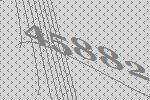
45882